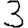
Digit: 3